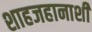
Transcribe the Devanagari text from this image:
शाहजहानाशी